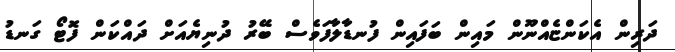
ދަރިން އެކަންޏެއްނޫން މައިން ބަފައިން ފުނޑާލާފަވެސް ބޭރު ދުނިޔެއަށް ދައްކަން ފޮޓޯ ގަނޑު